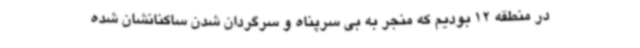
در منطقه 12 بودیم که منجر به بی سرپناه و سرگردان شدن ساکنانشان شده